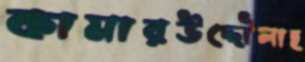
কামারউদ্দৌলাহ